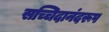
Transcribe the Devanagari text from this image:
सच्चिदानंदरूप